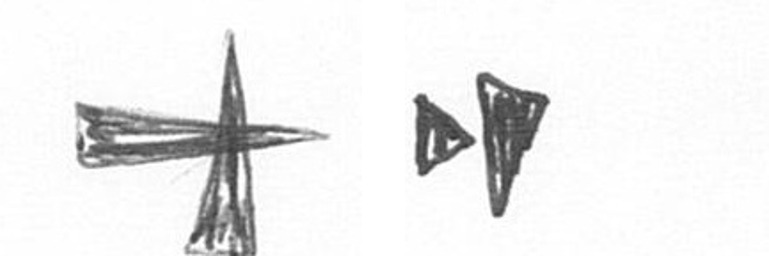
G M